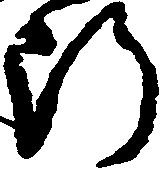
断